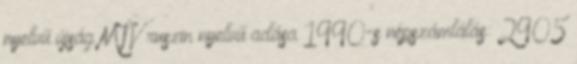
nyelvű újság MTV ruszin nyelvű adása 1990-s népszámlálás: 2905